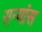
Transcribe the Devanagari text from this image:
सन्यांस